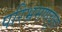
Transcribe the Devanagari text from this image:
परिभ्रमणवृत्त